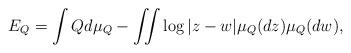
LaTeX: \begin{align*}E_{Q}=\int Qd\mu_{Q}-\iint \log|z-w|\mu_{Q}(dz)\mu_{Q}(dw),\end{align*}